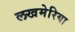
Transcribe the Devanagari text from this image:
लखमेरिया